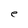
Character: e